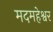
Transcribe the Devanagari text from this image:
मदमहेश्वर